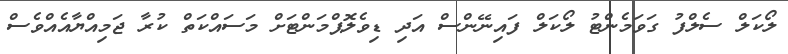
ލޯކަލް ސެލްފު ގަވަމެންޓު ލޯކަލް ފައިނޭންސް އަދި ޑިވެލޮޕްމަންޓަށް މަސައްކަތް ކުރާ ޖަމިއްޔާއެއްވެސް